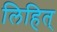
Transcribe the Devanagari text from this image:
लिहित्